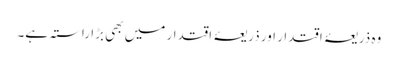
وہ ذریعۂ اقتدار اور ذریعۂ اقتدار میں بھی بڑا راستہ ہے۔